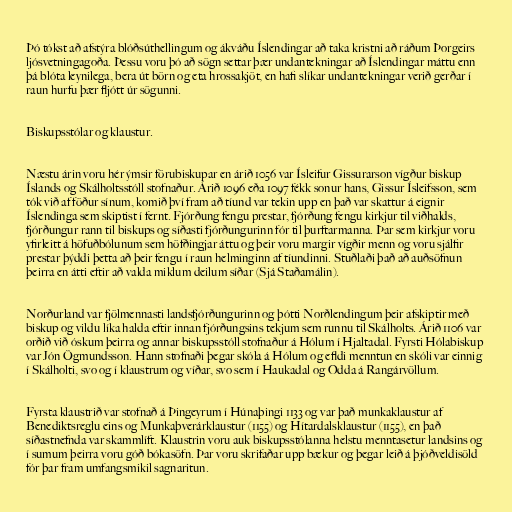
Þó tókst að afstýra blóðsúthellingum og ákváðu Íslendingar að taka kristni að ráðum Þorgeirs
ljósvetningagoða. Þessu voru þó að sögn settar þær undantekningar að Íslendingar máttu enn
þá blóta leynilega, bera út börn og eta hrossakjöt, en hafi slíkar undantekningar verið gerðar í
raun hurfu þær fljótt úr sögunni.

Biskupsstólar og klaustur.

Næstu árin voru hér ýmsir förubiskupar en árið 1056 var Ísleifur Gissurarson vígður biskup
Íslands og Skálholtsstóll stofnaður. Árið 1096 eða 1097 fékk sonur hans, Gissur Ísleifsson, sem
tók við af föður sínum, komið því fram að tíund var tekin upp en það var skattur á eignir
Íslendinga sem skiptist í fernt. Fjórðung fengu prestar, fjórðung fengu kirkjur til viðhalds,
fjórðungur rann til biskups og síðasti fjórðungurinn fór til þurftarmanna. Þar sem kirkjur voru
yfirleitt á höfuðbólunum sem höfðingjar áttu og þeir voru margir vígðir menn og voru sjálfir
prestar þýddi þetta að þeir fengu í raun helminginn af tíundinni. Stuðlaði það að auðsöfnun
þeirra en átti eftir að valda miklum deilum síðar (Sjá Staðamálin).

Norðurland var fjölmennasti landsfjórðungurinn og þótti Norðlendingum þeir afskiptir með
biskup og vildu líka halda eftir innan fjórðungsins tekjum sem runnu til Skálholts. Árið 1106 var
orðið við óskum þeirra og annar biskupsstóll stofnaður á Hólum í Hjaltadal. Fyrsti Hólabiskup
var Jón Ögmundsson. Hann stofnaði þegar skóla á Hólum og efldi menntun en skóli var einnig
í Skálholti, svo og í klaustrum og víðar, svo sem í Haukadal og Odda á Rangárvöllum.

Fyrsta klaustrið var stofnað á Þingeyrum í Húnaþingi 1133 og var það munkaklaustur af
Benediktsreglu eins og Munkaþverárklaustur (1155) og Hítardalsklaustur (1155), en það
síðastnefnda var skammlíft. Klaustrin voru auk biskupsstólanna helstu menntasetur landsins og
í sumum þeirra voru góð bókasöfn. Þar voru skrifaðar upp bækur og þegar leið á þjóðveldisöld
fór þar fram umfangsmikil sagnaritun.